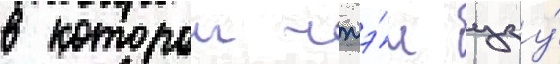
в которои чжэ́н цзу́